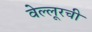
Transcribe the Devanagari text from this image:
वेल्लूरची